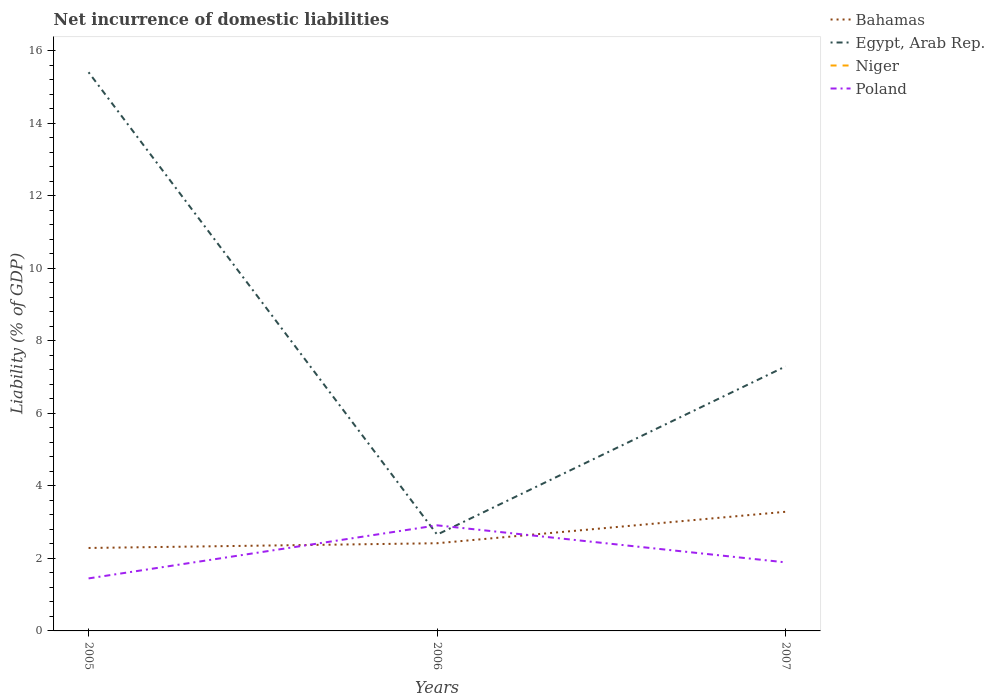
| Years | Bahamas | Egypt, Arab Rep. | Niger | Poland |
 | --- | --- | --- | --- | --- |
 | 2005 | 2.29 | 15.4 | -0.608 | 1.45 |
 | 2006 | 2.42 | 2.66 | -4.27 | 2.91 |
 | 2007 | 3.29 | 7.3 | -1.92 | 1.89 |